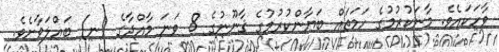
ވާހަކައެވެ. މާނަކުރުމުގެ ހަމަތައް ބަޔާންކުރުމުގެ ޤާނޫނުގެ 8 ވަނަ މާއްދާގެ (ނ) ބައްލަވާށެވެ.